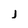
Character: j